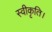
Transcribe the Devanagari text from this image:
स्वीकृति।